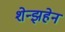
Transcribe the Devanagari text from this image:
शेन्झहेन